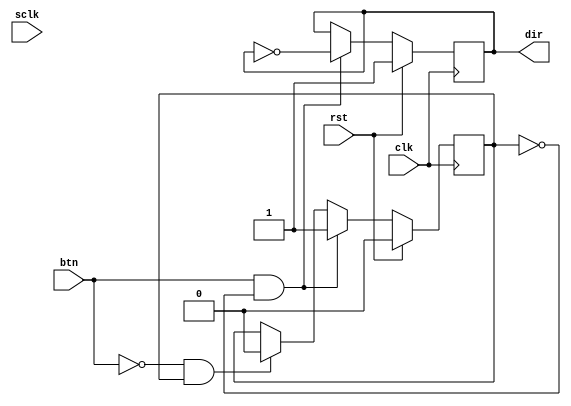
`timescale 1ns / 1ps

module director(
    input clk,
	 input rst,
	 input sclk, 
    input btn,
	 
    output dir 
);

reg bstate;   // button's state
reg current;  // the current direction

always @(posedge clk)
begin
    if(rst)
	 begin
	     bstate <= 0;
	     current <= 1;
    end		  
	 else if(btn && !bstate) /* pressed */
	 begin
	     bstate <= 1;
	     current <= ~current;
    end
	 else if(!btn && bstate) /* released */
	 begin
	     bstate <= 0;
	 end
end  

assign dir = current;

endmodule